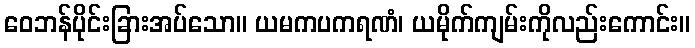
ဝေဘန်ပိုင်းခြားအပ်သော။ ယမကပကရဏံ၊ ယမိုက်ကျမ်းကိုလည်းကောင်း။